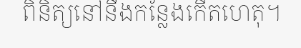
ពិនិត្យនៅនឹងកន្លែងកើតហេតុ។